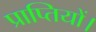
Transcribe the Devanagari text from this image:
प्राप्तियों।